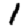
Digit: 1